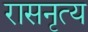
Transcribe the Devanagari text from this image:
रासनृत्य